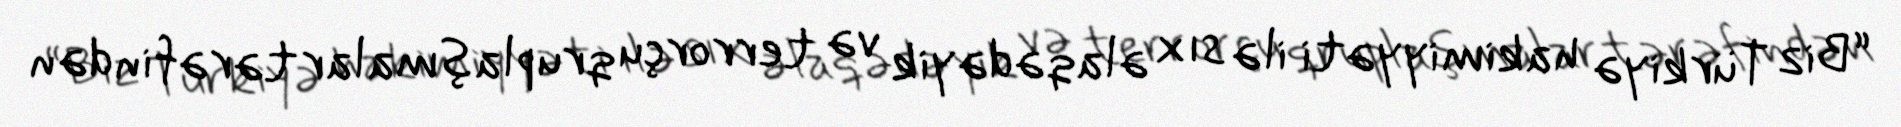
“Biz Türkiyə hakimiyyəti ilə sıx əlaqədəyik və terrorçu qruplaşmalar tərəfindən